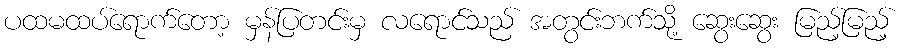
ပထမထပ်ရောက်တော့ မှန်ပြတင်းမှ လရောင်သည် အတွင်းဘက်သို့ ဆွေးဆွေး မြည့်မြည့်